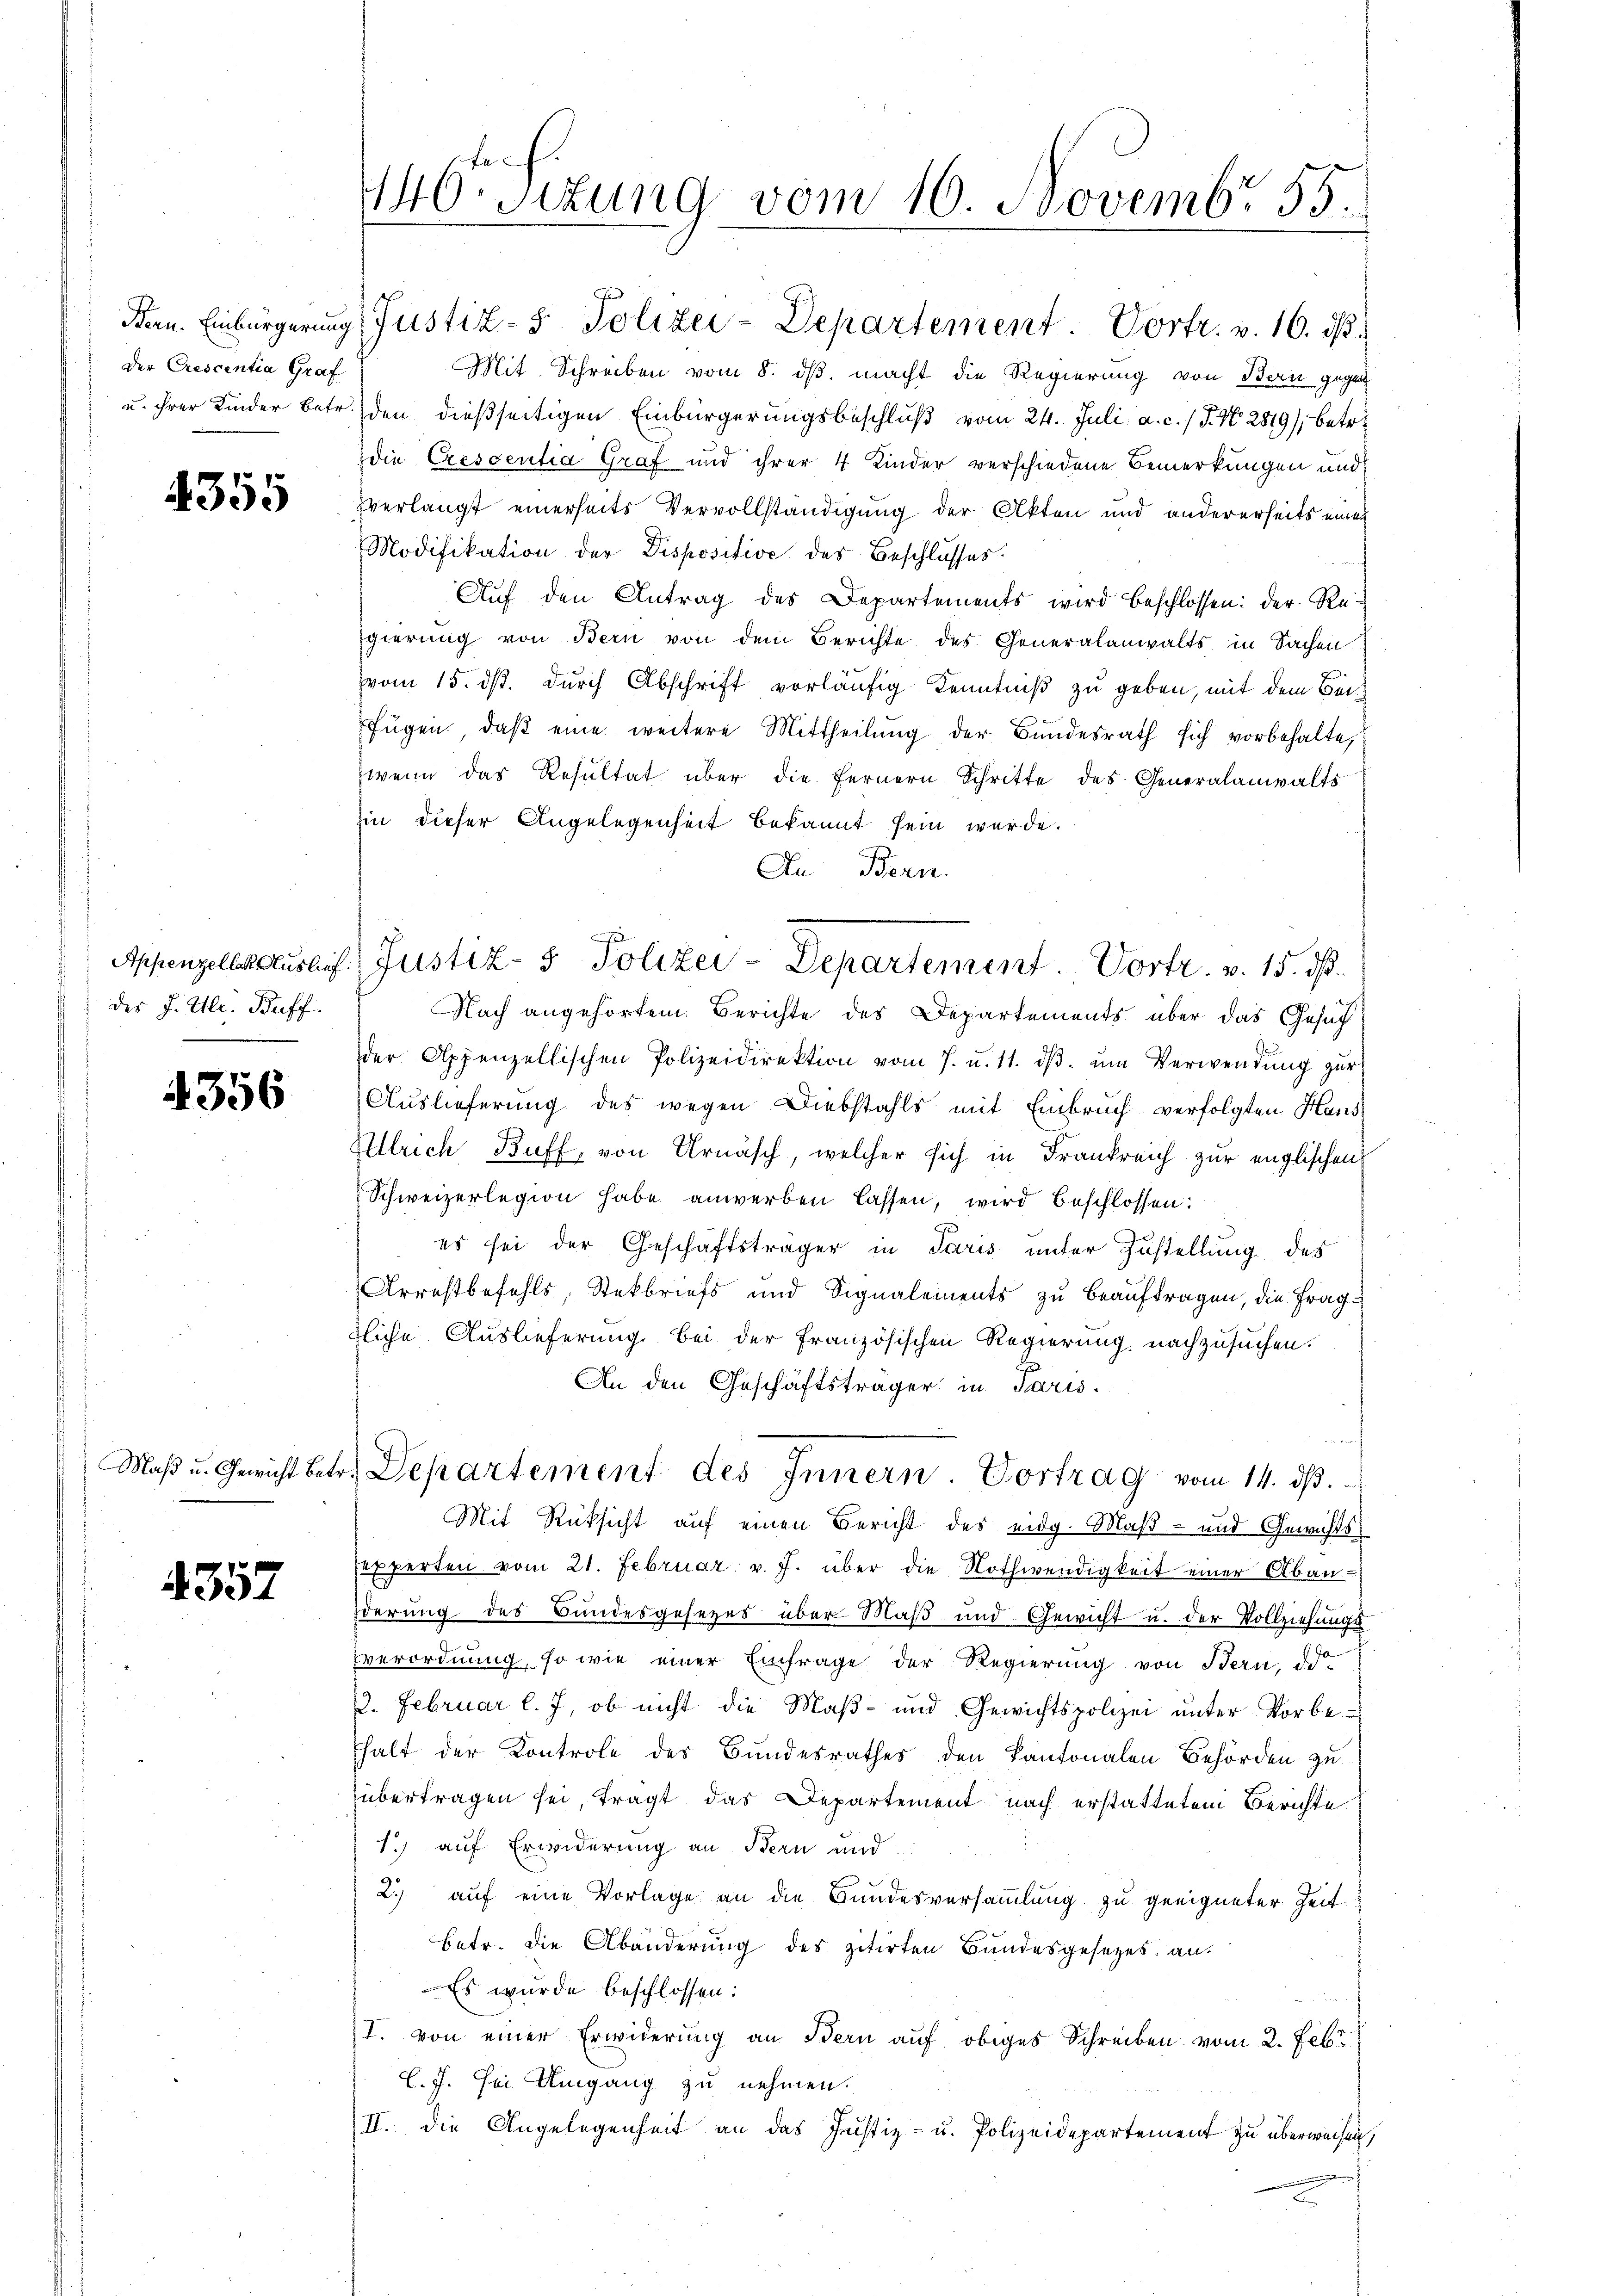
Der Crescentia Graf

4355

des J. Ulr. Buff.

4356

Maß u. Gewicht bet

4357

446. Sizung vom 16. Novembr. 55.

Bern. Einbürgerung (Justiz- & Polizei-Departement. Vortr. v. 16. ds.
Mit Schreiben vom 8. ds. macht die Regierung von Bau gegen
u. ihrer Kinder betr. den dießseitigen Einbürgerungsbeschluß vom 24. Juli a. c. / P. N. 2819), betr.
die Cressentia Graf und ihrer 4 Kinder verschiedene Bemerkungen und
Verlangt einerseits Vervollständigung der Akten und andererseits einen
Modifikation der Dispositive des Beschlusses.
Aŭf den Antrag des Departements wird beschlossen: der Regierung von Bern von dem Berichte des Generalanwalts in Sachen
vom 15. dß. durch Abschrift vorläufig Kenntniß zu geben, mit dem Beifügen, daβ eine weitere Mittheilŭng der Bundesrath sich vorbehalte,
wenn das Resultat über die Fernern Schritte des Generalanwalts
hin dieser Angelegenheit bekannt sein werde.
An Bern.
Appenzellektürlich. Justiz- & Polizei-Departement. Vortr. v. 15. dß.
Nach angehörtem Berichte des Departements über das Gesuchder Appenzellischen Polizeidirektion vom 7. u. 11. dβ. ŭm Verwendŭng zŭr
Auslieferung des wegen Diebstahls mit Einbruch verfolgten Haus
Ulrich Buff, von Urnäsch, welcher sich in Frankreich zur englischen
Schweizerlegion habe anwerben lassen, wird beschlossen:
es sei der Geschäftsträger in Paris unter Zustellung des
Arrestbefehls, Steckbriefs und Signalements zu beauftragen, die Frag
tliche Auslieferung bei der französischen Regierung nachzusuchen.
An den Geschäftsträger in Paris.
b. Departement des Innern. Vortrag vom 14. ds.
Mit Rüksicht auf einen Bericht des eidg. Maß- und Gewichts
sexperten vom 21. Februar v. J. über die Nothwendigkeit einer Abänderung des Bundesgesezes über Maß und Gewicht u. der Vollziehungs
verordnung, so wie einer Einfrage der Regierung von Bern, d
1. Februar l. J, ob nicht die Maß- und Gewichtspolizei ŭnter Vorbe-
halt der Kontrole des Bundesrathes den Kantonalen Behörden zu
übertragen sei, trägt das Departement nach erstattetem Berichte
1) auf Erwiderung an Bern und
2.) auf eine Vorlage an die Bundesversammlung zu geeigneter Zeit
betr. die Abänderung des zitirten Bundesgesetzes an.
Es wurde beschlossen:
T. von einer Erwiderung an Bern auf obiges Schreiben vom 2. Febr
l.J. sei Umgang zu nehmen.
II. Die Angelegenheit an das Justiz- u. Polizeidepartement zu überweisen,
d